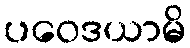
ပဝေဒယာမိ